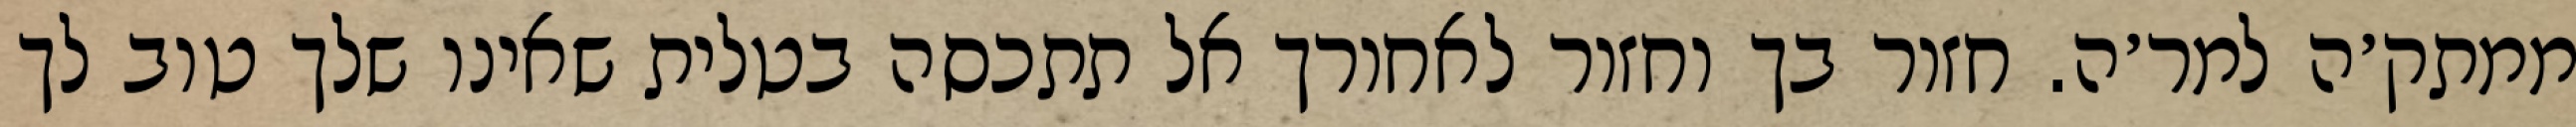
ממתק׳ה למר׳ה. חזור בך וחזור לאחורך אל תתכסה בטלית שאינו שלך טוב לך